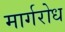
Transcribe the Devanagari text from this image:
मार्गरोध